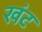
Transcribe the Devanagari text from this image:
खंट